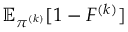
\mathbb { E } _ { \pi ^ { ( k ) } } [ 1 - F ^ { ( k ) } ]